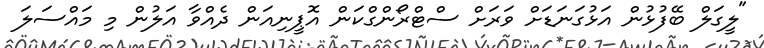
"ލީގަލް ބޭފުޅުން އަޅުގަނަޑަށް ވަރަށް ސްޓްރޯންގްކަން އޮޕީނިއަން ދެއްވާ އަލުން މި މައްސަލަ